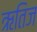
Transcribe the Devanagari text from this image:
ऋतिज